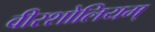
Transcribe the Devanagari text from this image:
वीरशोलियम्